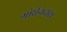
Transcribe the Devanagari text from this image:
गोर्धनदास